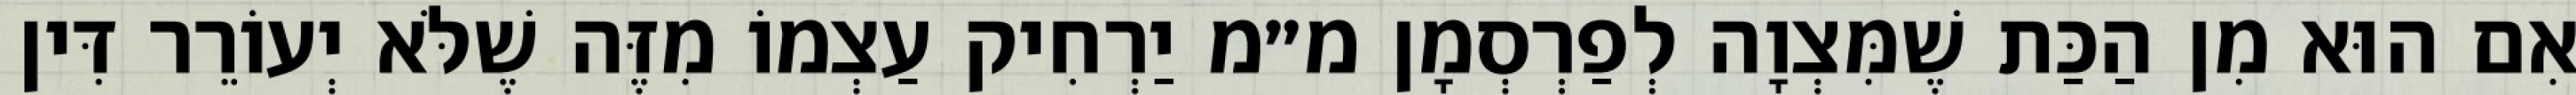
אִם הוּא מִן הַכַּת שֶׁמִּצְוָה לְפַרְסְמָן מ״מ יַרְחִיק עַצְמוֹ מִזֶּה שֶׁלֹּא יְעוֹרֵר דִּין